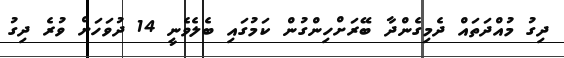
ދިގު މުއްދަތައް ދެމިގެންދާ ބޭރަށްހިންގުން ކަމުގައި ބެލެވެނީ 14 ދުވަހަށް ވުރެ ދިގު